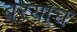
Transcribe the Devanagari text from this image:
बऱयाच